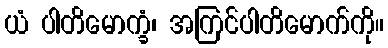
ယံ ပါတိမောက္ခံ၊ အကြင်ပါတိမောက်ကို။